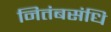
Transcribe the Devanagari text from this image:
नितंबसंधि